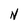
Character: N